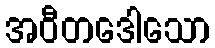
အဝီတဒေါသော